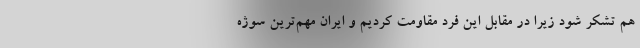
هم تشکر شود زیرا در مقابل این فرد مقاومت کردیم و ایران مهم‌ترین سوژه